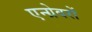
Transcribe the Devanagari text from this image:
एन्ग्रेवरों